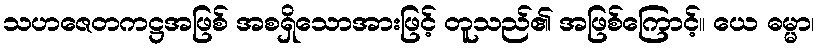
သဟဇေတကဋ္ဌအဖြစ် အစရှိသောအားဖြင့် တူသည်၏ အဖြစ်ကြောင့်။ ယေ ဓမ္မာ၊